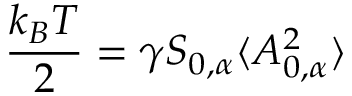
\frac { k _ { B } T } { 2 } = \gamma S _ { 0 , \alpha } \langle A _ { 0 , \alpha } ^ { 2 } \rangle